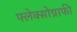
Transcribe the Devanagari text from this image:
फ्लेक्सोग्राफी